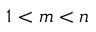
1 < m < n